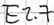
Text: E2.7